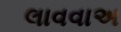
લાવવાઅ